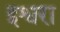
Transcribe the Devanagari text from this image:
इश्वरा